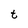
Character: t